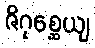
ဇိဂုစ္ဆေယျ